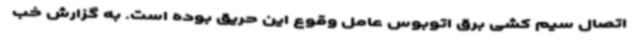
اتصال سیم کشی برق اتوبوس عامل وقوع این حریق بوده است. به گزارش خب